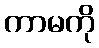
ကာမကို